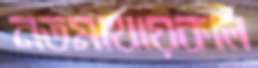
নতমাথায়কার্ল